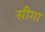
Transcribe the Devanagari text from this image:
सीगा